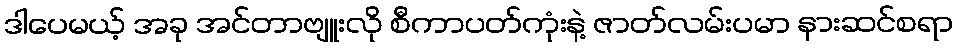
ဒါပေမယ့် အခု အင်တာဗျူးလို စီကာပတ်ကုံးနဲ့ ဇာတ်လမ်းပမာ နားဆင်စရာ